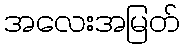
အလေးအမြတ်